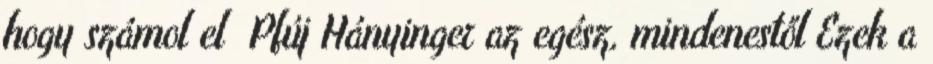
hogy számol el Pfúj Hányinger az egész, mindenestől Ezek a